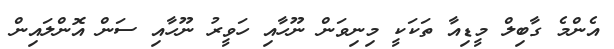
އެންމެ ގާބިލް މީޑިއާ ތަކަކީ މިނިވަން ނޫހާއި ހަވީރު ނޫހާއި ސަން އޮންލައިން